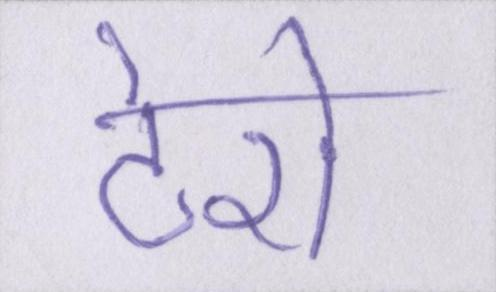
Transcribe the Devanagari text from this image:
टेरो